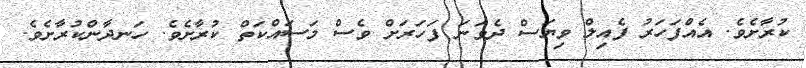
ކުރާށެވެ. އެއްފަހަރު ފެއިލް ވިޔަސް ދެވަނަ ފަހަރަށް ވެސް މަަސައްކަތް ކުރާށެވެ. ހަނދާންކުރާށެވެ.